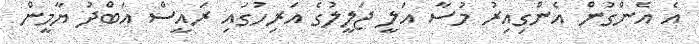
އެ އެންގުން އެންގިއިރު މުސާ އަލީ ޖަލީލުގެ އަރިހުގައި ރައީސް އަބްދު ޔާމީން